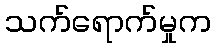
သက်ရောက်မှုက